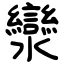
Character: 灓